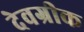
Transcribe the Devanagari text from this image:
देवग्रीक